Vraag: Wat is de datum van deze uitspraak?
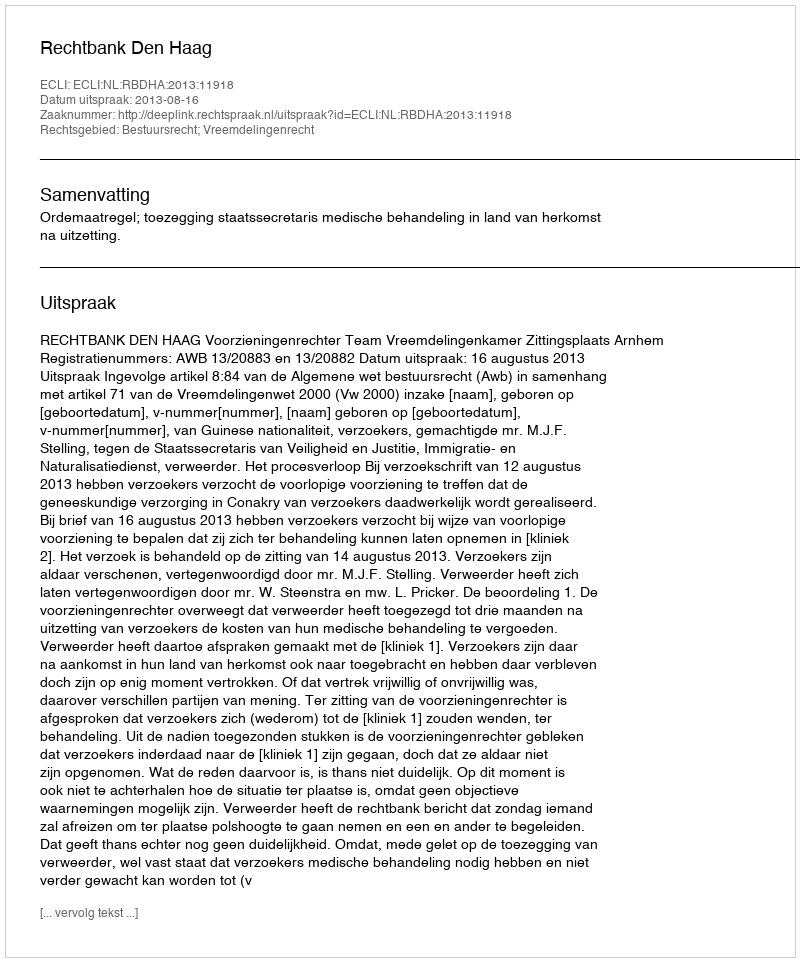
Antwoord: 2013-08-16